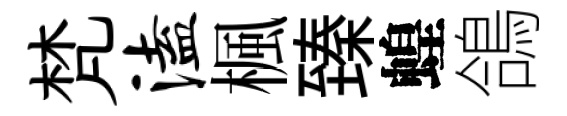
梵溘楓臻蝗鴿